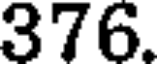
376.